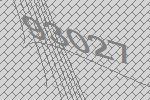
93027